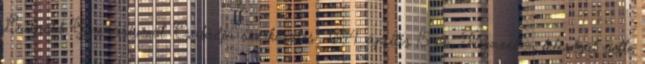
Luitpold Gymnasiumot. Családja szerkesztés 1844. április 15-én, Firenzében feleségül vette